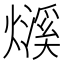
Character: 𤐓